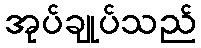
အုပ်ချုပ်သည်